Report of the Indian Hemp Drugs Commission, 1894-1895 - Volume IV
Year: 1894
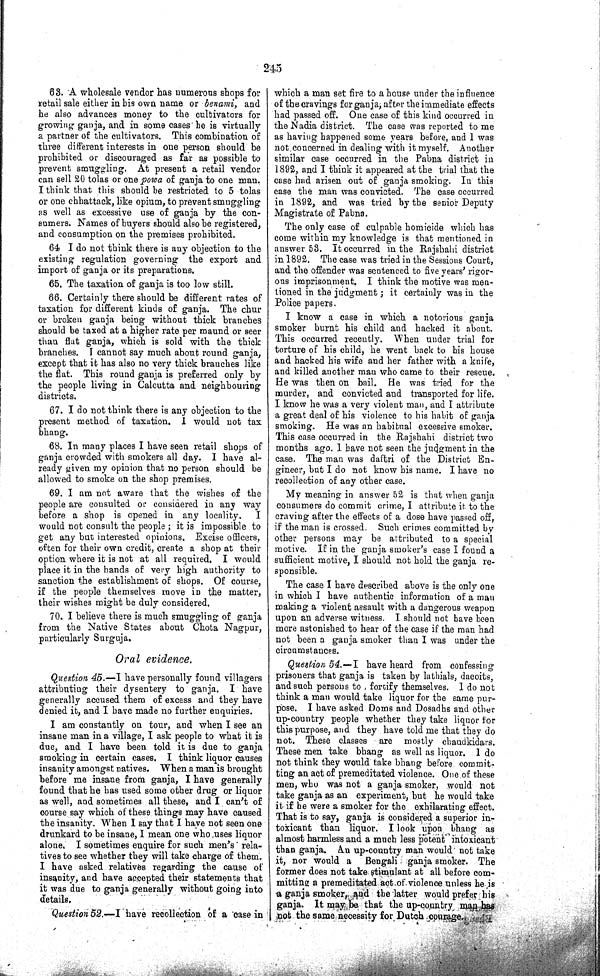
245
63. A wholesale vendor has numerous shops for
retail sale either in his own name or benami, and
he also advances money to the cultivators for
growing ganja, and in some cases he is virtually
a partner of the cultivators. This combination of
three different interests in one person should be
prohibited or discouraged as far as possible to
prevent smuggling. At present a retail vendor
can sell 20 tolas or one powa of ganja to one man.
I think that this should be restricted to 5 tolas
or one chhattack, like opium, to prevent smuggling
as well as excessive use of ganja by the con-
sumers. Names of buyers should also be registered,
and consumption on the premises prohibited.
64 I do not think there is any objection to the
existing regulation governing the export and
import of ganja or its preparations.
65. The taxation of ganja is too low still.
66. Certainly there should be different rates of
taxation for different kinds of ganja. The chur
or broken ganja being without thick branches
should be taxed at a higher rate per maund or seer
than flat ganja, which is sold with the thick
branches. I cannot say much about round ganja,
except that it has also no very thick branches like
the flat. This round ganja is preferred only by
the people living in Calcutta and neighbouring
districts.
67. I do not think there is any objection to the
present method of taxation. I would not tax
bhang.
68. In many places I have seen retail shops of
ganja crowded with smokers all day. I have al-
ready given my opinion that no person should be
allowed to smoke on the shop premises.
69. I am not aware that the wishes of the
people are consulted or considered in any way
before a shop is opened in any locality.
I
would not consult the people; it is impossible to
get any but interested opinions. Excise officers,
often for their own credit, create a shop at their
option where it is not at all required. I would
place it in the hands of very high authority to
sanction the establishment of shops. Of course,
if the people themselves move in the matter,
their wishes might be duly considered.
70. I believe there is much smuggling of ganja
from the Native States about Chota Nagpur,
particularly Surguja.
Oral evidence.
Question 45.—I have personally found villagers
attributing their dysentery to ganja. I have
generally accused them of excess and they have
denied it, and I have made no further enquiries.
I am constantly on tour, and when I see an
insane man in a village, I ask people to what it is
due, and I have been told it is due to ganja
smoking in certain cases. I think liquor causes
insanity amongst natives. When a man is brought
before me insane from ganja, I have generally
found that he has used some other drug or liquor
as well, and sometimes all these, and I can't of
course say which of these things may have caused
the insanity. When I say that I have not seen one
drunkard to be insane, I mean one who uses liquor
alone. I sometimes enquire for such men's rela-
tives to see whether they will take charge of them.
I have asked relatives regarding the cause of
insanity, and have accepted their statements that
it was due to ganja generally without going into
details.
Question 52.—I have recollection of a case in
which a man set fire to a house under the influence
of the cravings for ganja, after the immediate effects
had passed off. One case of this kind occurred in
the Nadia district. The case was reported to me
as having happened some years before, and I was
not concerned in dealing with it myself. Another
similar case occurred in the Pabna district in
1892, and I think it appeared at the trial that the
case had arisen out of ganja smoking. In this
case the man was convicted. The case occurred
in 1892, and was tried by the senior Deputy
Magistrate of Pabna.
The only case of culpable homicide which has
come within my knowledge is that mentioned in
answer 53. It occurred in the Rajshahi district
in 1892. The case was tried in the Sessions Court,
and the offender was sentenced to five years' rigor-
ous imprisonment. I think the motive was men-
tioned in the judgment; it certainly was in the
Police papers.
I know a case in which a notorious ganja
smoker burnt his child and hacked it about.
This occurred recently. When under trial for
torture of his child, he went back to his house
and hacked his wife and her father with a knife,
and killed another man who came to their rescue.
He was then on bail. He was tried for the
murder, and convicted and transported for life.
I know he was a very violent man, and I attribute
a great deal of his violence to his habit of ganja
smoking. He was an habitual excessive smoker.
This case occurred in the Rajshahi district two
months ago. I have not seen the judgment in the
case. The man was daftri of the District En-
gineer, but I do not know his name. I have no
recollection of any other case.
My meaning in answer 52 is that when ganja
consumers do commit crime, I attribute it to the
craving after the effects of a dose have passed off,
if the man is crossed. Such crimes committed by
other persons may be attributed to a special
motive. If in the ganja smoker's case I found a
sufficient motive, I should not hold the ganja re-
sponsible.
The case I have described above is the only one
in which I have authentic information of a man
making a violent assault with a dangerous weapon
upon an adverse witness. I should not have been
more astonished to hear of the case if the man had
not been a ganja smoker than I was under the
circumstances.
Question 54.—I
have heard from confessing
prisoners that ganja is taken by lathials, dacoits,
and such persons to, fortify themselves. I do not
think a man would take liquor for the same pur-
pose. I have asked Doms and Dosadhs and other
up-country people whether they take liquor for
this purpose, and they have told me that they do
not. These classes are mostly chaudkidars.
These men take bhang as well as liquor. I do
not think they would take bhang before commit-
ting an act of premeditated violence. One of these
men, who was not a ganja smoker, would not
take ganja as an experiment, but he would take
it if he were a smoker for the exhilarating effect.
That is to say, ganja is considered a superior in-
toxicant than liquor. I look upon bhang as
almost harmless and a much less potent intoxicant
than ganja. An up-country man would not take
it, nor would a
Bengali ganja smoker. The
former does not take stimulant at all before com-
mitting a premeditated act of violence unless he is
a ganja smoker, and the latter would prefer his
ganja. It may be that the up-country man has
not the same necessity for Dutch courage.